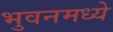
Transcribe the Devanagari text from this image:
भुवनमध्ये